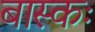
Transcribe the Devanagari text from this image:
बास्कः